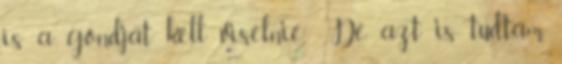
is a gondját kell viselnie.” De azt is tudtam,